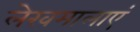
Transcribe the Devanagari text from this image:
लेखमालाएं